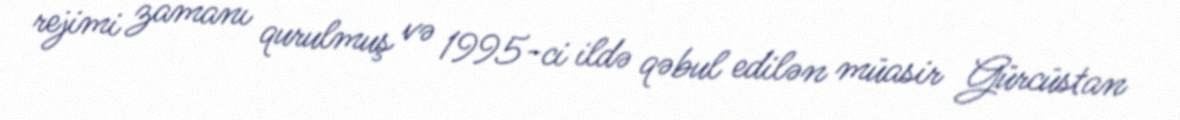
rejimi zamanı qurulmuş və 1995-ci ildə qəbul edilən müasir Gürcüstan